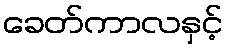
ခေတ်ကာလနှင့်